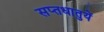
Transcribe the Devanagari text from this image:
सप्‍तधातुयें